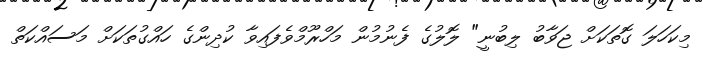
މިކަހަލަ ގޮތަކަށް ޖަވާބު ލިބުނީ" ލޮލުގެ ފެނުމުން މަހްރޫމްވެފައިވާ ކުދިންގެ ހައްގުތަކަށް މަސައްކަތް